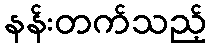
နန်းတက်သည့်